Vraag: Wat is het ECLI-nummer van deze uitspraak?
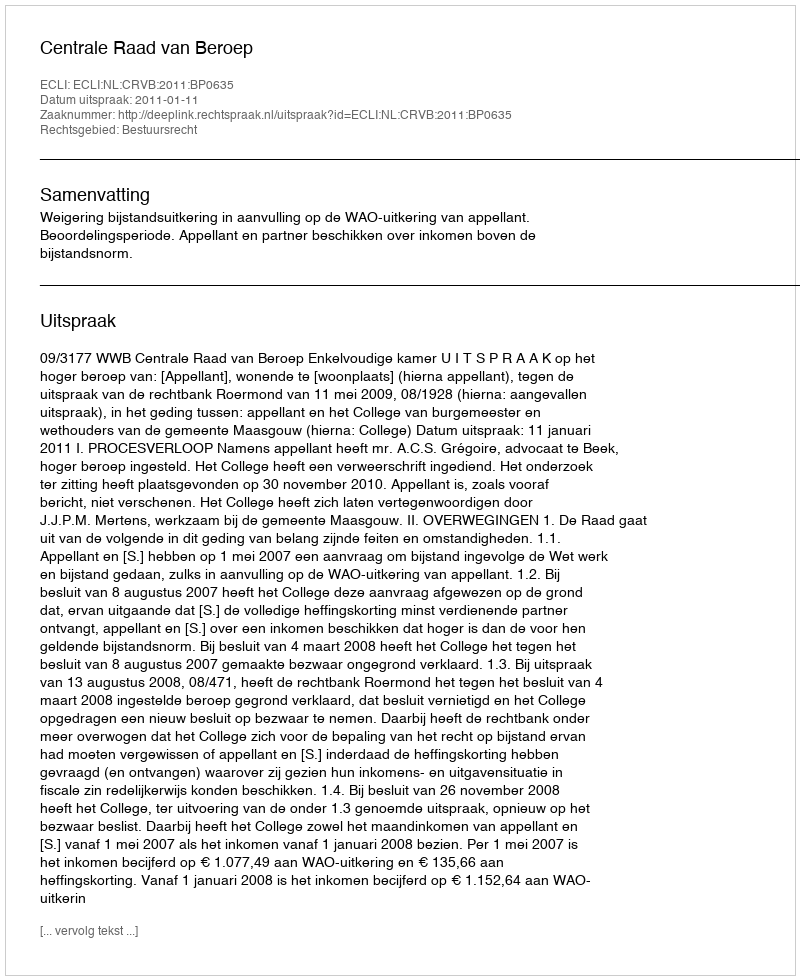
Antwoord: ECLI:NL:CRVB:2011:BP0635